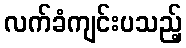
လက်ခံကျင်းပသည့်